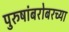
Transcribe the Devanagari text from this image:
पुरुषांबरोबरच्या